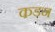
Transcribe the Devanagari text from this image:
कडन